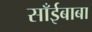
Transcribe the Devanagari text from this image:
साँईबाबा